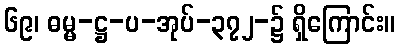
၆၉၊ ဓမ္မ-ဋ္ဌ-ပ-အုပ်-၃၇၂-၌ ရှိကြောင်း။